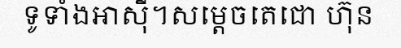
ទូទាំងអាស៊ី។សម្តេចតេជោ ហ៊ុន